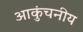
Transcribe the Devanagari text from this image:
आकुंचनीय